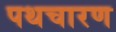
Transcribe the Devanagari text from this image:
पथचारण